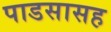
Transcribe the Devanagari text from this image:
पाडसासह